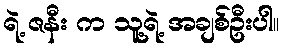
ရဲ့ ဇနီး က သူ့ရဲ့ အချစ်ဦးပါ။